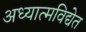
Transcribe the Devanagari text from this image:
अध्यात्मविद्येत